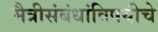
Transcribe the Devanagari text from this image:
मैत्रीसंबंधांविषयीचे